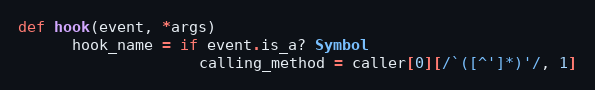
Language: Ruby
def hook(event, *args)
      hook_name = if event.is_a? Symbol
                    calling_method = caller[0][/`([^']*)'/, 1]